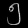
Digit: ၅